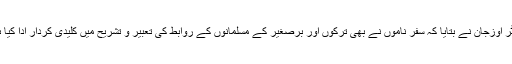
ڈاکٹر اوزجان نے بتایا کہ سفر ناموں نے بھی ترکوں اور برصغیر کے مسلمانوں کے روابط کی تعبیر و تشریح میں کلیدی کردار ادا کیا ہے۔